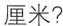
厘米?